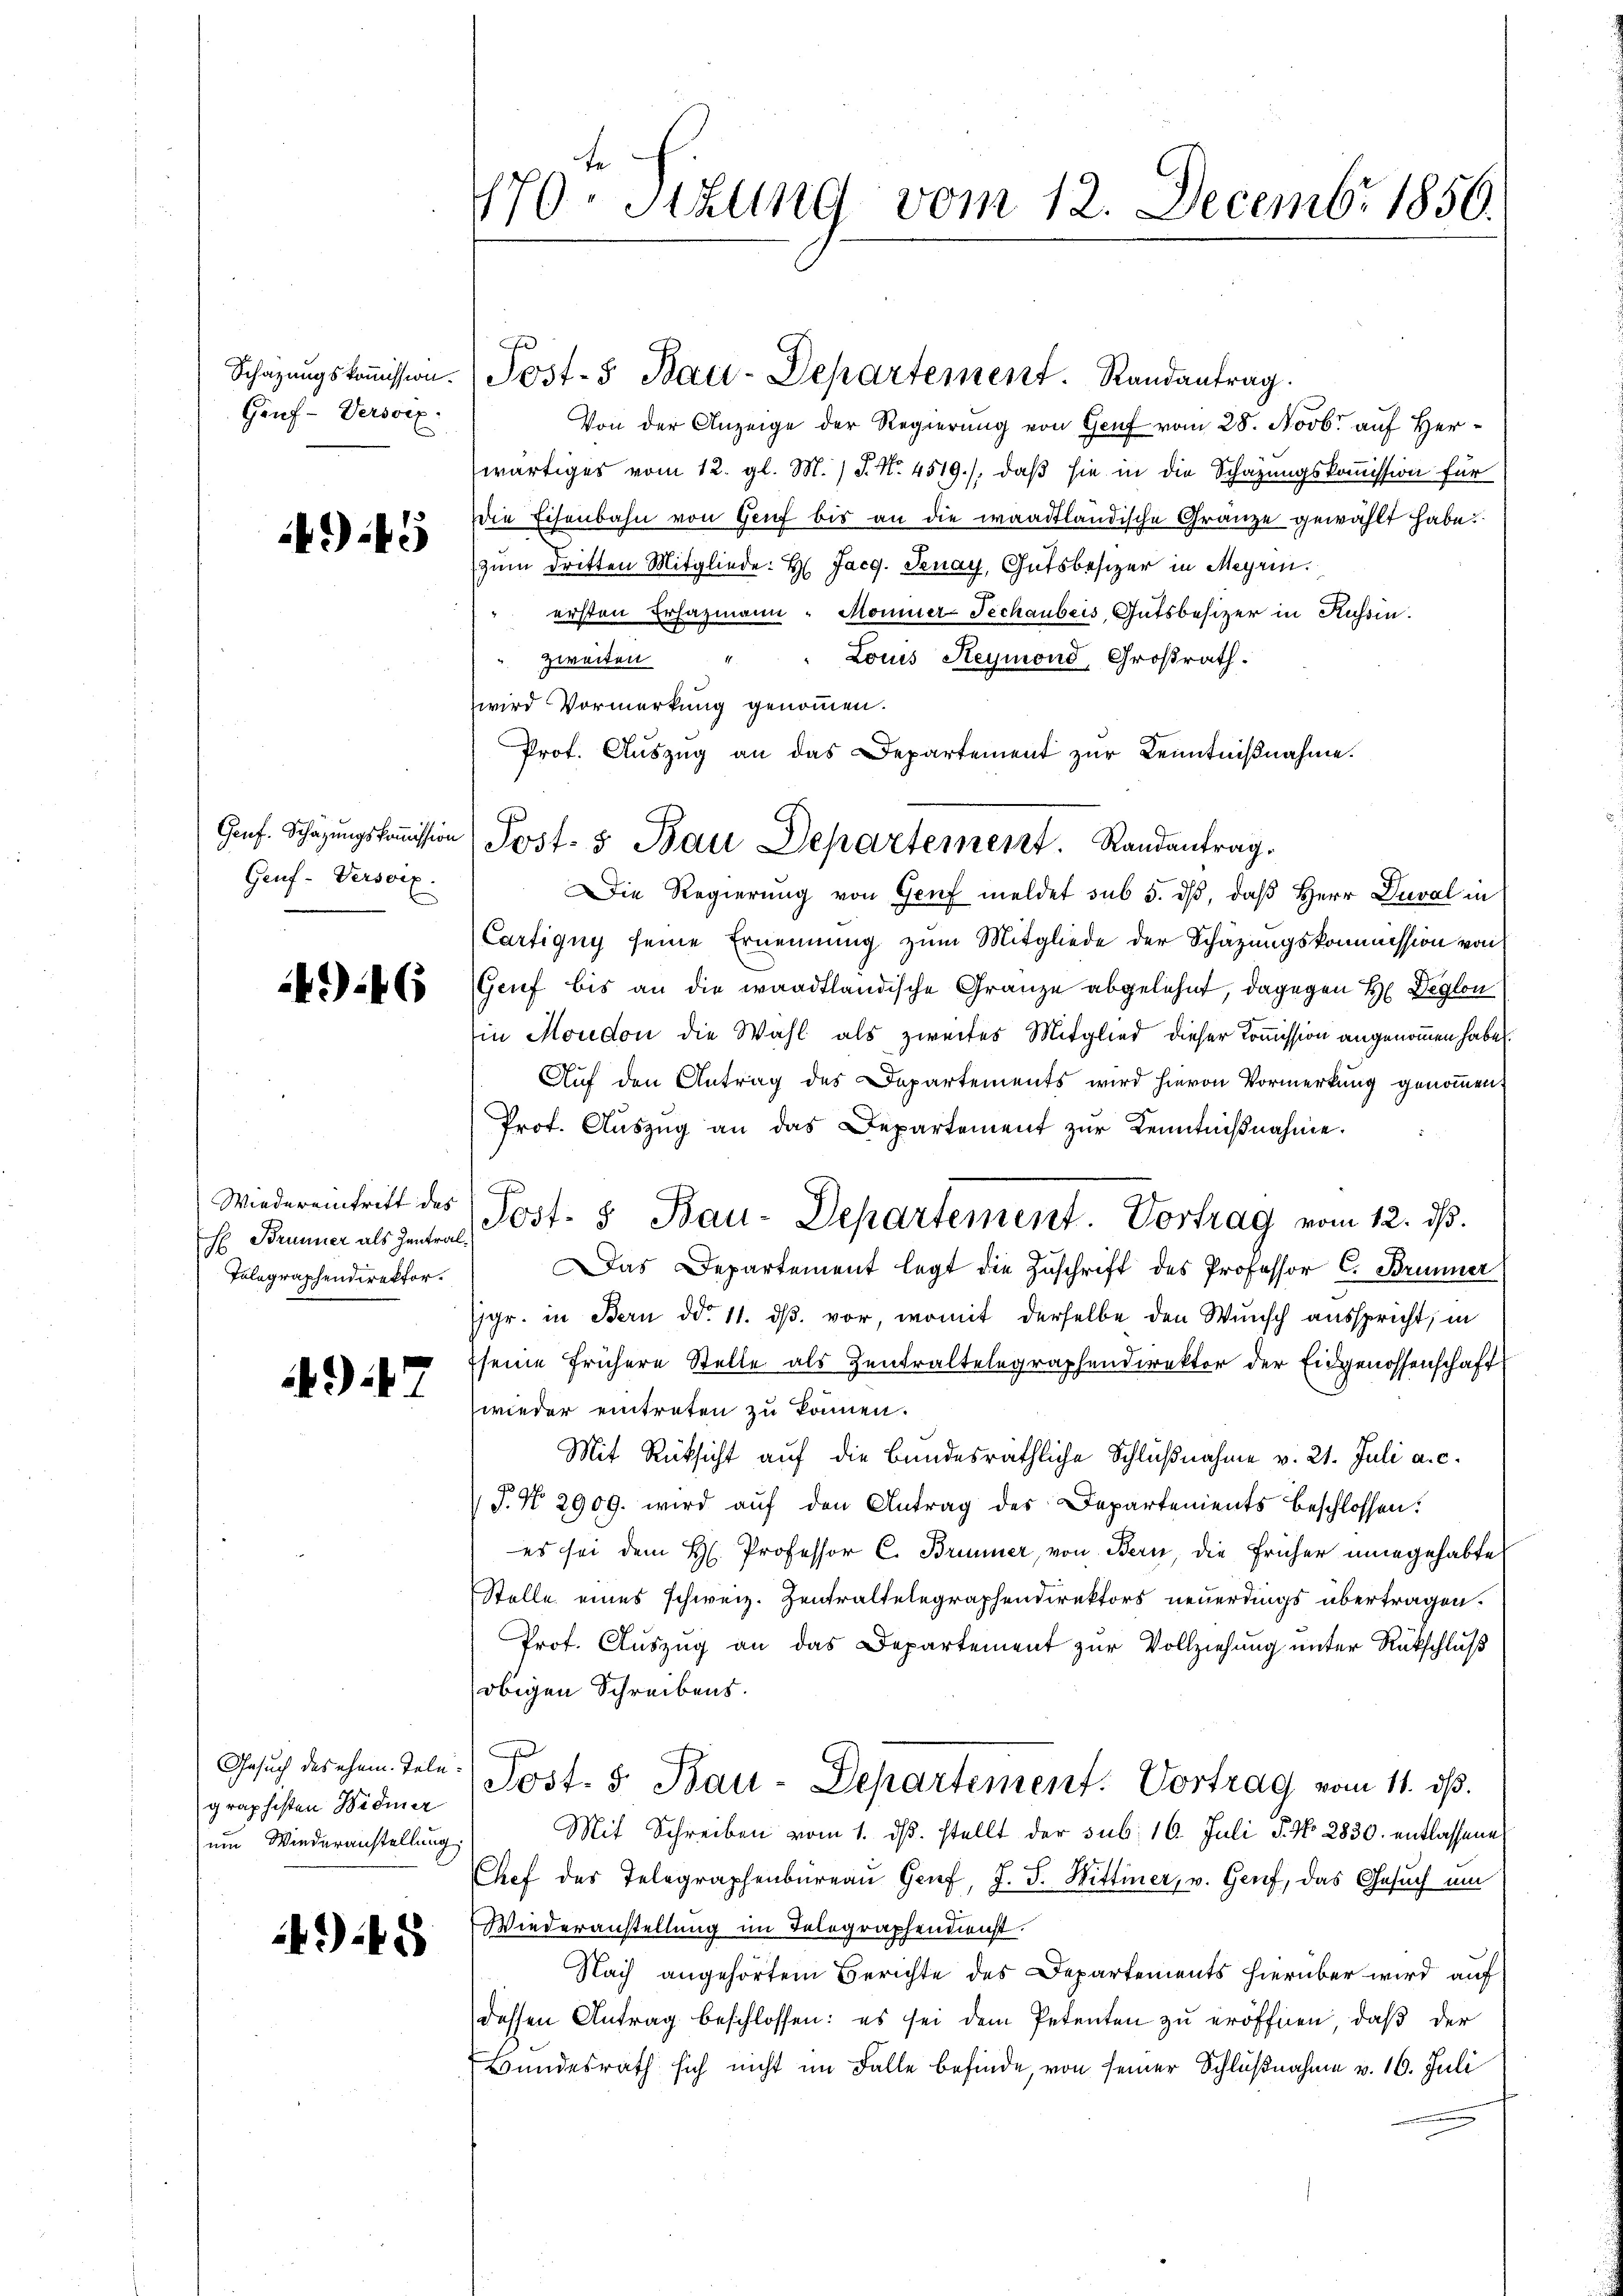
Schazungskommission.
Gruf-Versoix

4945

Genf. Schätzungskommission
Geuf-Verscix.

446

Wiedereintritt des
Telegraphendirektor.

947

Gesuch des ehem Telegraphisten Widmer
um Wiederanstellung

4945

170. Sitzung vom 12. Decembr 1856.

Von der Anzeige der Regierung von Genf vom 28. Novb. auf Herwärtiges vom 12. gl. M. J. N. 4519), daß sie in die Schazungskommission für
Die Eisenbahn von Genf bis an die waadtländische Gränze gewählt habe.
zum dritten Mitgliede: H Jacg. Jenay, Gutsbesizer in Meyrin.
ersten Erhazmann. Monner Techaubers, Gutsbesizer in Kussin.
Louis Heymond, Großrath.
" zweiten
wird Vormerkung genommen.
Prot. Aŭszŭg an das Departement zur Kenntnißnahme.
Die Regierung von Genf meldet sub 5. dβ, daß Herr Deval in
Cartigny seine Ernennung zum Mitgliede der Schazungskommission von
Genf bis an die waadtländische Gränze abgelehnt, dagegen H Deglon
in Moudon die Wahl als zweites Mitglied dieser Commission angenommen habe.
Auf den Antrag des Departements wird hievon Vormerkung genommen,
Prof. Aŭszŭg an das Departement zŭr Kenntniβnahme.
F
Das Departement legt die Zuschrift des Professor C. Brunner
sgr. in Bern dd. 11. ds. vor, womit derselbe den Wunsch ausspricht, in
seine frühere Stelle als Zentraltelegraphendirektor der Eidgenossenschaft
wieder eintreten zu können.
Mit Rücksicht auf die Bundesräthliche Schlußnahme v. 21. Juli a. c.
T. No. 2909. wird auf den Antrag des Departements beschlossen:
es sei dem H. Professor C. Brunner, von Bern, die früher eingehabte
Stelle eines schweiz. Zentraltelegraphendirektors neuerdings übertragen.
Prof. Auszug an das Departement zur Vollziehung unter Rückschluß
obigen Schreibens.
.
Sost. 5. Bau-Departement. Vortrag vom 11. ds.
Mit Schreiben vom 1. ds. stellt der sub. 16. Juli d. No 2830. entlassene
Chef des Telegraphenbureau Genf, J. J. Wittmer, v. Genf, das Gesuch um
Wiederanstellung im Telegraphendienst.
Nach angehörtem Berichte des Departements hierüber wird auf
dessen Antrag beschlossen: es sei dem Petenten zu eröffnen, daß der
Bundesrath sich nicht im Falle befinde, von seiner Schlußnahme v. 16. Juli

Post. Bau-Departement. Randantrag.

Post- & Bau Departement. Randantrag.

Bummer als zenten Post- 5 Bau-Departement. Vortrag vom 12. ds.